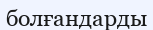
болғандарды